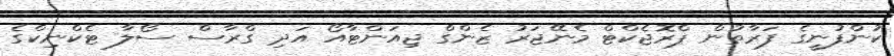
ކުންފުނީގެ ފަރާތުން ޕްރޮޖެކްޓް މެނޭޖަރު ޒެންގް ޖިއަންޓާއޯ އަދި ގްރާސް ސޯލާ ޓެކްނިކްގެ